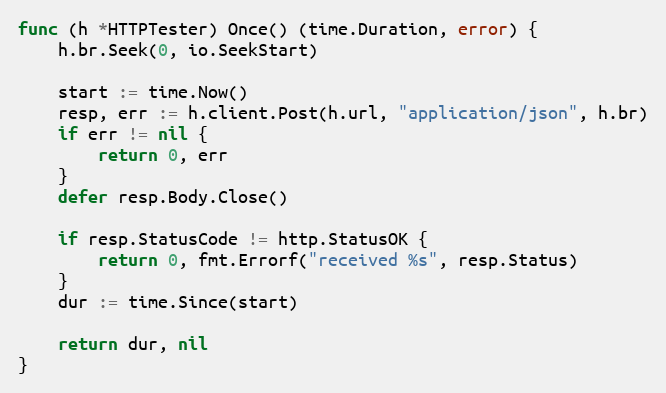
Language: Go
func (h *HTTPTester) Once() (time.Duration, error) {
	h.br.Seek(0, io.SeekStart)

	start := time.Now()
	resp, err := h.client.Post(h.url, "application/json", h.br)
	if err != nil {
		return 0, err
	}
	defer resp.Body.Close()

	if resp.StatusCode != http.StatusOK {
		return 0, fmt.Errorf("received %s", resp.Status)
	}
	dur := time.Since(start)

	return dur, nil
}